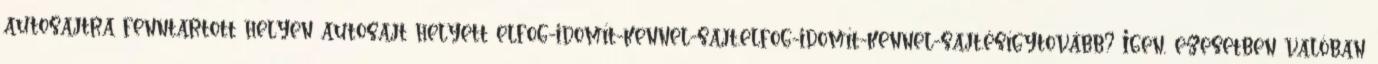
autosajtra fenntartott helyen autosajt helyett elfog-idomít-kennel-sajt.elfog-idomít-kennel-sajt.ésígytovább? Igen, ezesetben valóban